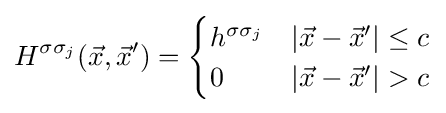
H^{\sigma \sigma _{j}}({\vec {x}},{\vec {x}}')={\begin{cases}h^{\sigma \sigma _{j}}&\left|{\vec {x}}-{\vec {x}}'\right|\leq c\\0&\left|{\vec {x}}-{\vec {x}}'\right|>c\\\end{cases}}